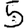
Digit: 5